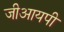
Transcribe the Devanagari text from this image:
जीआयपी